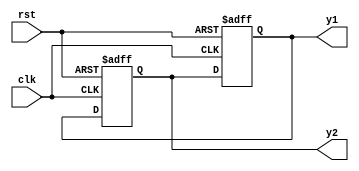
//******************************************************
//COPYRIGHT(c)2016,SouthChina university of technology
//ALL rights reserved.
//IP LIB INDEX :
//IP Name		:
//
//Module name 	:fbosc2
//Full name		:
//
//Data			:
//Version		:
//
//Abstract		:
//Called by		:Father Module
//
//Modification history
//--------------------------------------------------------
// //
// $LOG$
//
//********************************************************

//********************************************************
//DEFINE MODULE PORT //
//********************************************************
//
module fbosc2 (//INPUT
						clk,
						rst,
					  //OUTPUT
						y1,
						y2
					  );
//********************************************************
//DEFINE PARAMETER //
//********************************************************


//********************************************************
//DEFINE INPUT //
//********************************************************
input clk, rst;
//********************************************************
//DEFINE OUTPUT //
//********************************************************
output y1, y2;
//********************************************************
//OUTPUT ATRIBUTE //
//********************************************************
//REGS
reg y1, y2;

//WIRES



//********************************************************
//MODULE  REGISTERS/WIRES DEFINE //
//********************************************************




//********************************************************
//INSTANCE MODULE //
//********************************************************



//********************************************************
//MAIN CODE //
//********************************************************
always @(posedge clk,posedge rst)
begin 
	if(rst) y2 <=1;
	else y2 <= y1;
end


always @(posedge clk,posedge rst)
begin 
	if(rst) y1 <=0;
	else y1 <= y2;
end

//********************************************************//
endmodule